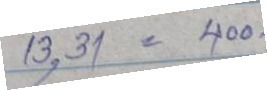
13 , 31 = 400